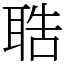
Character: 聕